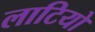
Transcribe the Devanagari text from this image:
लाटियो